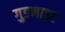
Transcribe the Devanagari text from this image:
गुडनाइट